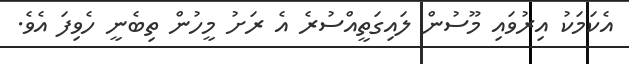
އެކަަމަކު އިރުވައި މޫސުން ލައިގަތީއްސުރެ އެ ރަށު މީހުން ތިބެނީ ހެވިފަ އެވެ.